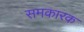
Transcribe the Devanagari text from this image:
समकारक